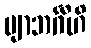
ဗျာဘင်္ဂီဟိ